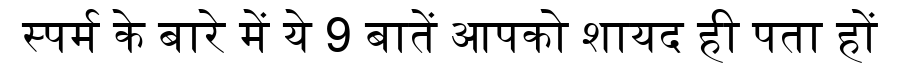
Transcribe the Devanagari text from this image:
स्पर्म के बारे में ये 9 बातें आपको शायद ही पता हों